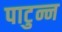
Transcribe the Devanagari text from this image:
पाटुन्न